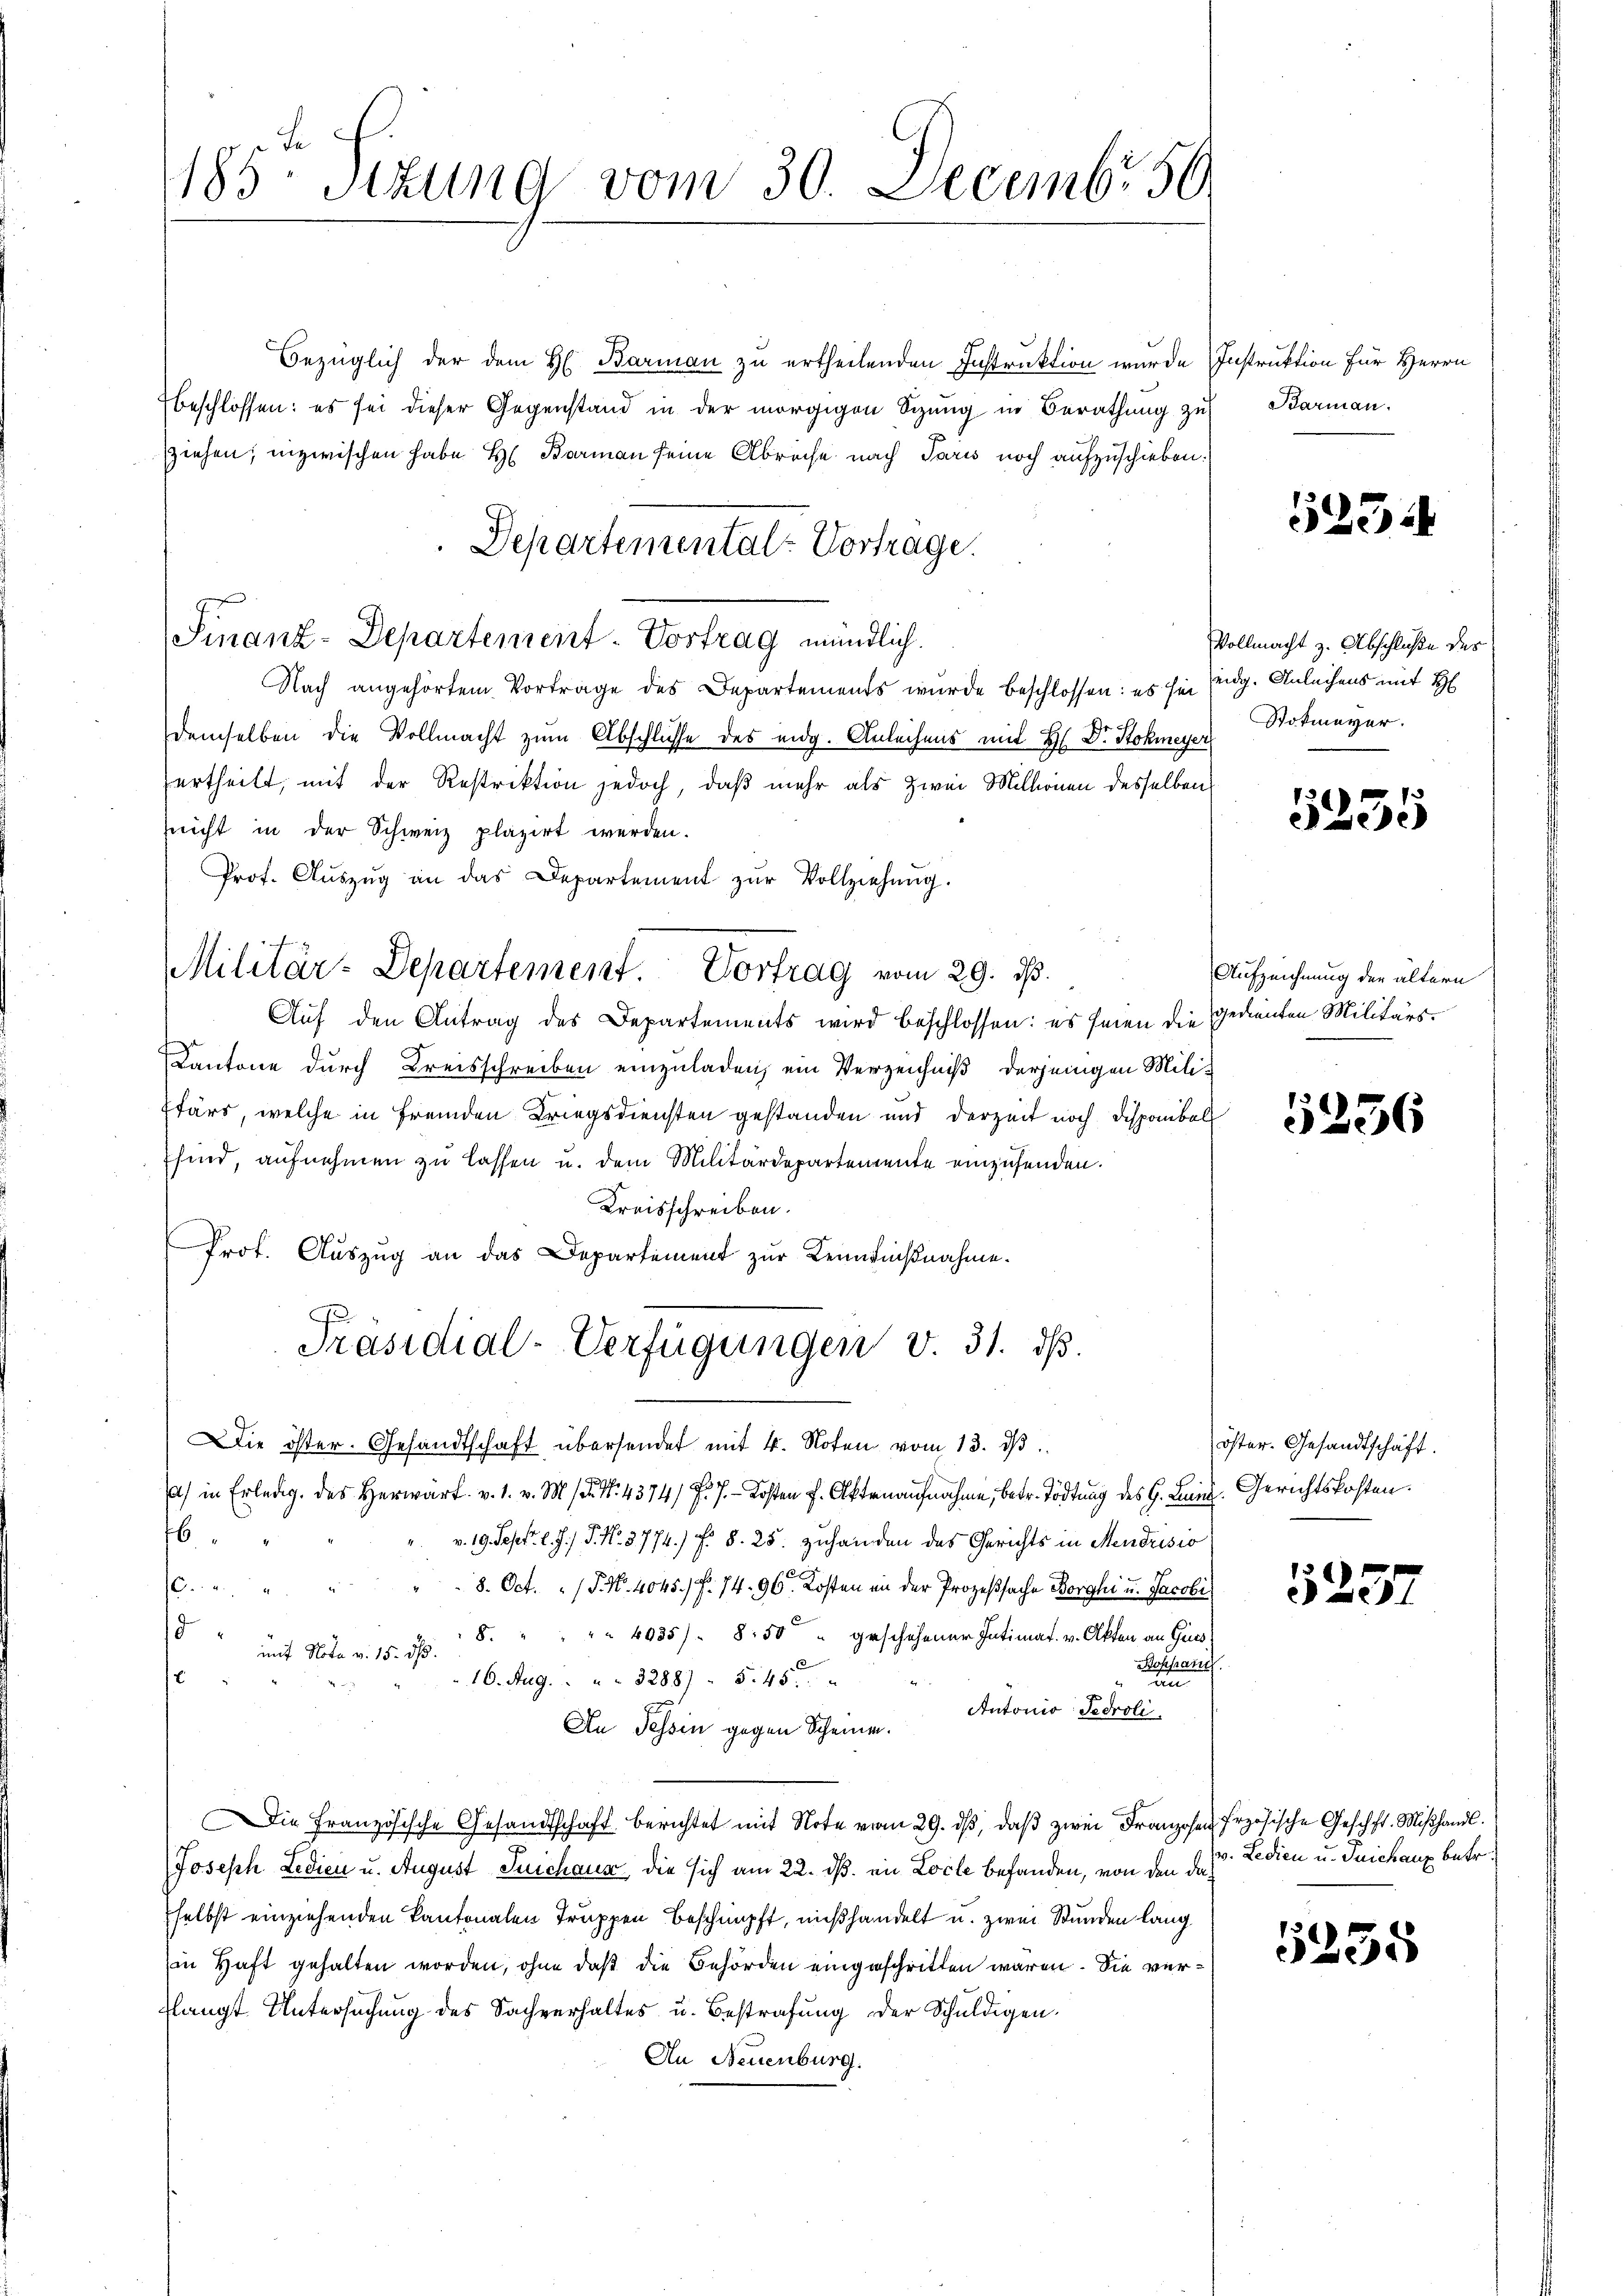
185 Sizung vom 30. Decembr. 50.

Bezüglich der dem H. Barman zu ertheilenden Instruktion wurde Instruktion für Herrn
beschlossen: es sei dieser Gegenstand in der morgigen Sizung in Berathung zu
sziehen; inzwischen habe H. Barmann seine Abreche nach Paris noch aufzuschieben.
Finanz-Departement - Vortrag mündlich.
Nach angehörtem Vortrage des Departements wurde beschlossen: es sei eidg. Anleihens mit H
demselben die Vollmacht zum Abschlüsse des eidg. Anleihens mit H. Dr. Stokmeyer
ertheilt, mit der Restriktion jedoch, daß mehr als zwei Millionen desselben
sicht in der Schweiz plazirt werden.
Prof. Aŭszŭg an das Departement zŭr Vollziehŭng.
Auf den Antrag des Departements wird beschlossen: es seien die gedienten Militärs.
Kantone durch Kreisschreiben einzuladen, ein Verzeichniß derjenigen Mili-
Pfärs, welche in fremden Kriegsdiensten gestanden und derzeit noch Disponibel
sind, aufnehmen zu lassen u. dem Militärdepartemente einzusenden.
Kreisschreiben.
Prot. Auszug an das Departement zur Leinwicknahme.
Präsidial-Verfügungen v. 31. ds.
Die öster. Gesandtschaft übersendet mit 4. Noten vom 13. dβ
) in Erledig. des Herwart. v. 1. v. M. 1. No. 4374/ F. J. Kosten J. Aktenaufnahme, betr. Tödtung des G. Land. Gerichtskosten.
16.
v. 19. Sept. l. J. P. Nr. 3774 f. §. 25. zuhanden des Gerichts in Mendrisio
8. Oct. P. Nr. 4045.) S. 74. 96. Kosten in der Prozeßsache Borghi u. Jacobi
ne
5
8. " " " " 4935) 8:50 " geschehener Intimat. v. Akten an Geis
mit Note v. 15. ds.
Boppani
.
16. Aug. 3288 545.
n
Antonio Fedroli
An Tessin gegen Scheine.
Die Französische Gesandtschaft berichtet mit Note vom 29. dβ, daß zwei Franzosen Erzösische Geschft. Mißhandl.
Joseph Ledien u. August Suichaus, die sich am 22. dß. in Locle befanden, von den d. d. Ledien u. Tuichanz betr.
selbst einziehenden Kantonalen Truppen beschnüpft, mißhandelt u. zwei Stunden lang
in Haft gehalten worden, ohne daß die Behörden eingeschritten waren. Sie vertlangt Untersuchung des Sachverhaltes u. Bestrafung der Schuldigen.
An Neuenburg.

Departemental-Vortrage.

Militär-Departement. Vortrag vom 29. ds.

Barmann.

523.

Vollmacht z. Abschluße des
Stokmeyer.

5235

Aufzeichnung der ältern

5236

öster. Gesandtschaft.

257

5235